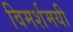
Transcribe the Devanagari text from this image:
विमर्शमयी